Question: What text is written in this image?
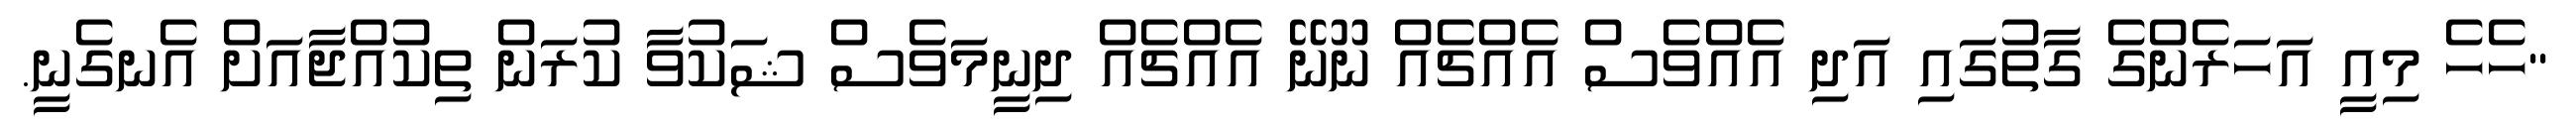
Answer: "ހެހެ މިއީ އަހަރެންގެ ގާތުގައި އަދި އެއްވެސް އެއްޗެއް ނޫނޭ އެއްޗެއް ދިނީމަވެސް ޝަކުވާ ކުރަން ތިކުއްޖާއަށް އެނގެނީ.